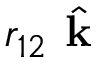
r _ { 1 2 } \hat { \textbf { k } }